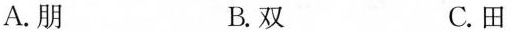
A.朋 B.双 C.田